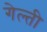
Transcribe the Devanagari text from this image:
गेल्ती